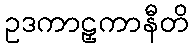
ဥဒကာဠှကာနီတိ